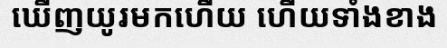
ឃើញយូរមកហើយ ហើយទាំងខាង